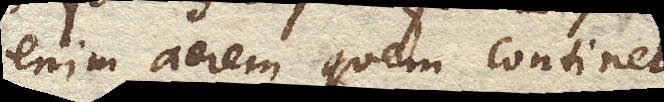
enim aerem quem continet